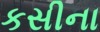
કસીના